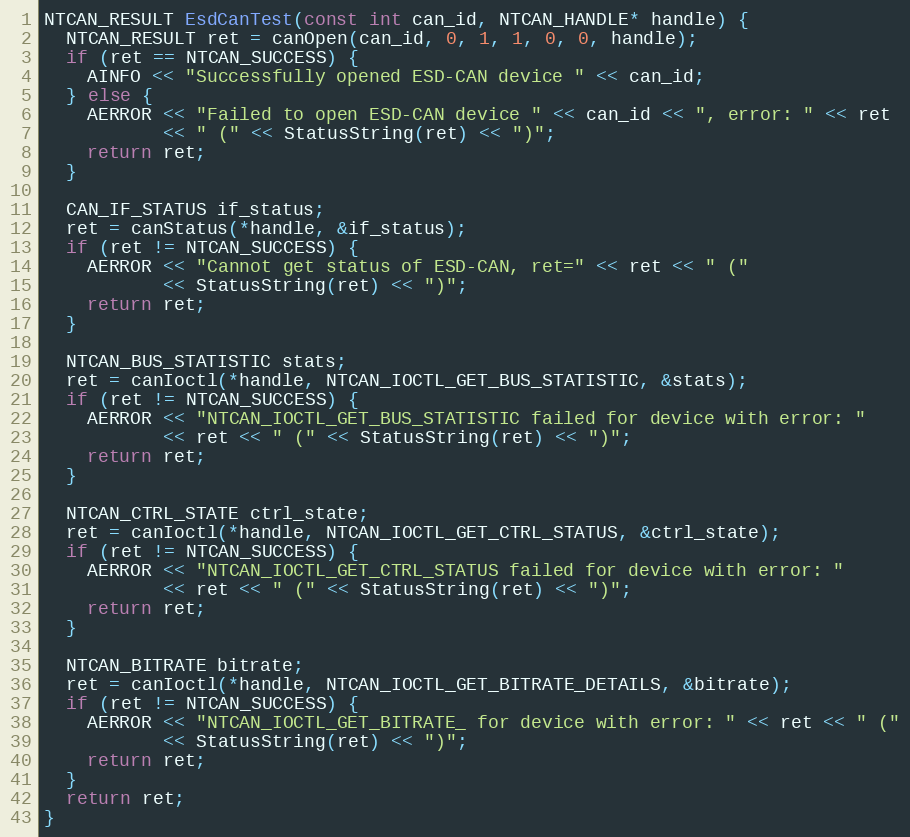
Language: C++
NTCAN_RESULT EsdCanTest(const int can_id, NTCAN_HANDLE* handle) {
  NTCAN_RESULT ret = canOpen(can_id, 0, 1, 1, 0, 0, handle);
  if (ret == NTCAN_SUCCESS) {
    AINFO << "Successfully opened ESD-CAN device " << can_id;
  } else {
    AERROR << "Failed to open ESD-CAN device " << can_id << ", error: " << ret
           << " (" << StatusString(ret) << ")";
    return ret;
  }

  CAN_IF_STATUS if_status;
  ret = canStatus(*handle, &if_status);
  if (ret != NTCAN_SUCCESS) {
    AERROR << "Cannot get status of ESD-CAN, ret=" << ret << " ("
           << StatusString(ret) << ")";
    return ret;
  }

  NTCAN_BUS_STATISTIC stats;
  ret = canIoctl(*handle, NTCAN_IOCTL_GET_BUS_STATISTIC, &stats);
  if (ret != NTCAN_SUCCESS) {
    AERROR << "NTCAN_IOCTL_GET_BUS_STATISTIC failed for device with error: "
           << ret << " (" << StatusString(ret) << ")";
    return ret;
  }

  NTCAN_CTRL_STATE ctrl_state;
  ret = canIoctl(*handle, NTCAN_IOCTL_GET_CTRL_STATUS, &ctrl_state);
  if (ret != NTCAN_SUCCESS) {
    AERROR << "NTCAN_IOCTL_GET_CTRL_STATUS failed for device with error: "
           << ret << " (" << StatusString(ret) << ")";
    return ret;
  }

  NTCAN_BITRATE bitrate;
  ret = canIoctl(*handle, NTCAN_IOCTL_GET_BITRATE_DETAILS, &bitrate);
  if (ret != NTCAN_SUCCESS) {
    AERROR << "NTCAN_IOCTL_GET_BITRATE_ for device with error: " << ret << " ("
           << StatusString(ret) << ")";
    return ret;
  }
  return ret;
}